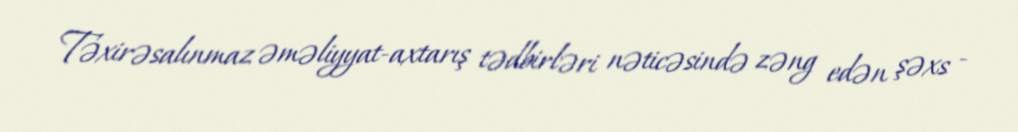
Təxirəsalınmaz əməliyyat-axtarış tədbirləri nəticəsində zəng edən şəxs -